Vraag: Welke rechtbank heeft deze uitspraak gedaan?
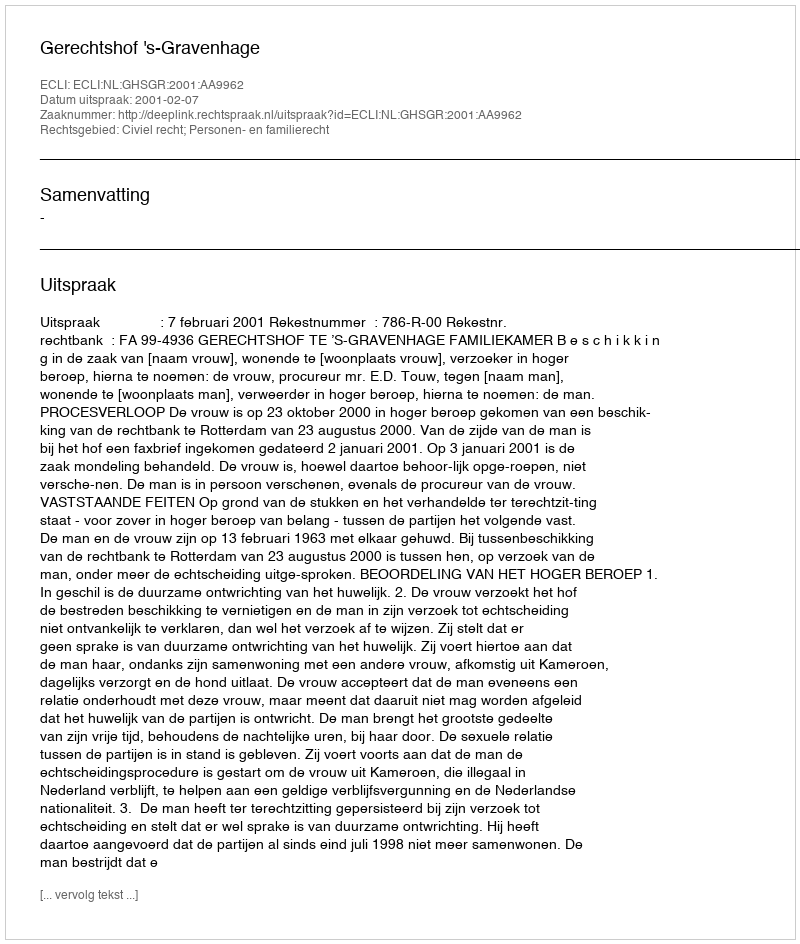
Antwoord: Gerechtshof 's-Gravenhage